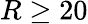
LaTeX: R\geq 20